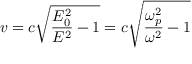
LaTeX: v = c { \sqrt { { \frac { E _ { 0 } ^ { 2 } } { E ^ { 2 } } } - 1 } } = c { \sqrt { { \frac { \omega _ { p } ^ { 2 } } { \omega ^ { 2 } } } - 1 } }